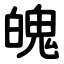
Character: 魄